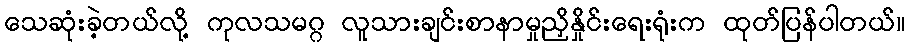
သေဆုံးခဲ့တယ်လို့ ကုလသမဂ္ဂ လူသားချင်းစာနာမှုညှိနှိုင်းရေးရုံးက ထုတ်ပြန်ပါတယ်။